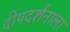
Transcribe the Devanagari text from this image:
दीपदर्शनाला